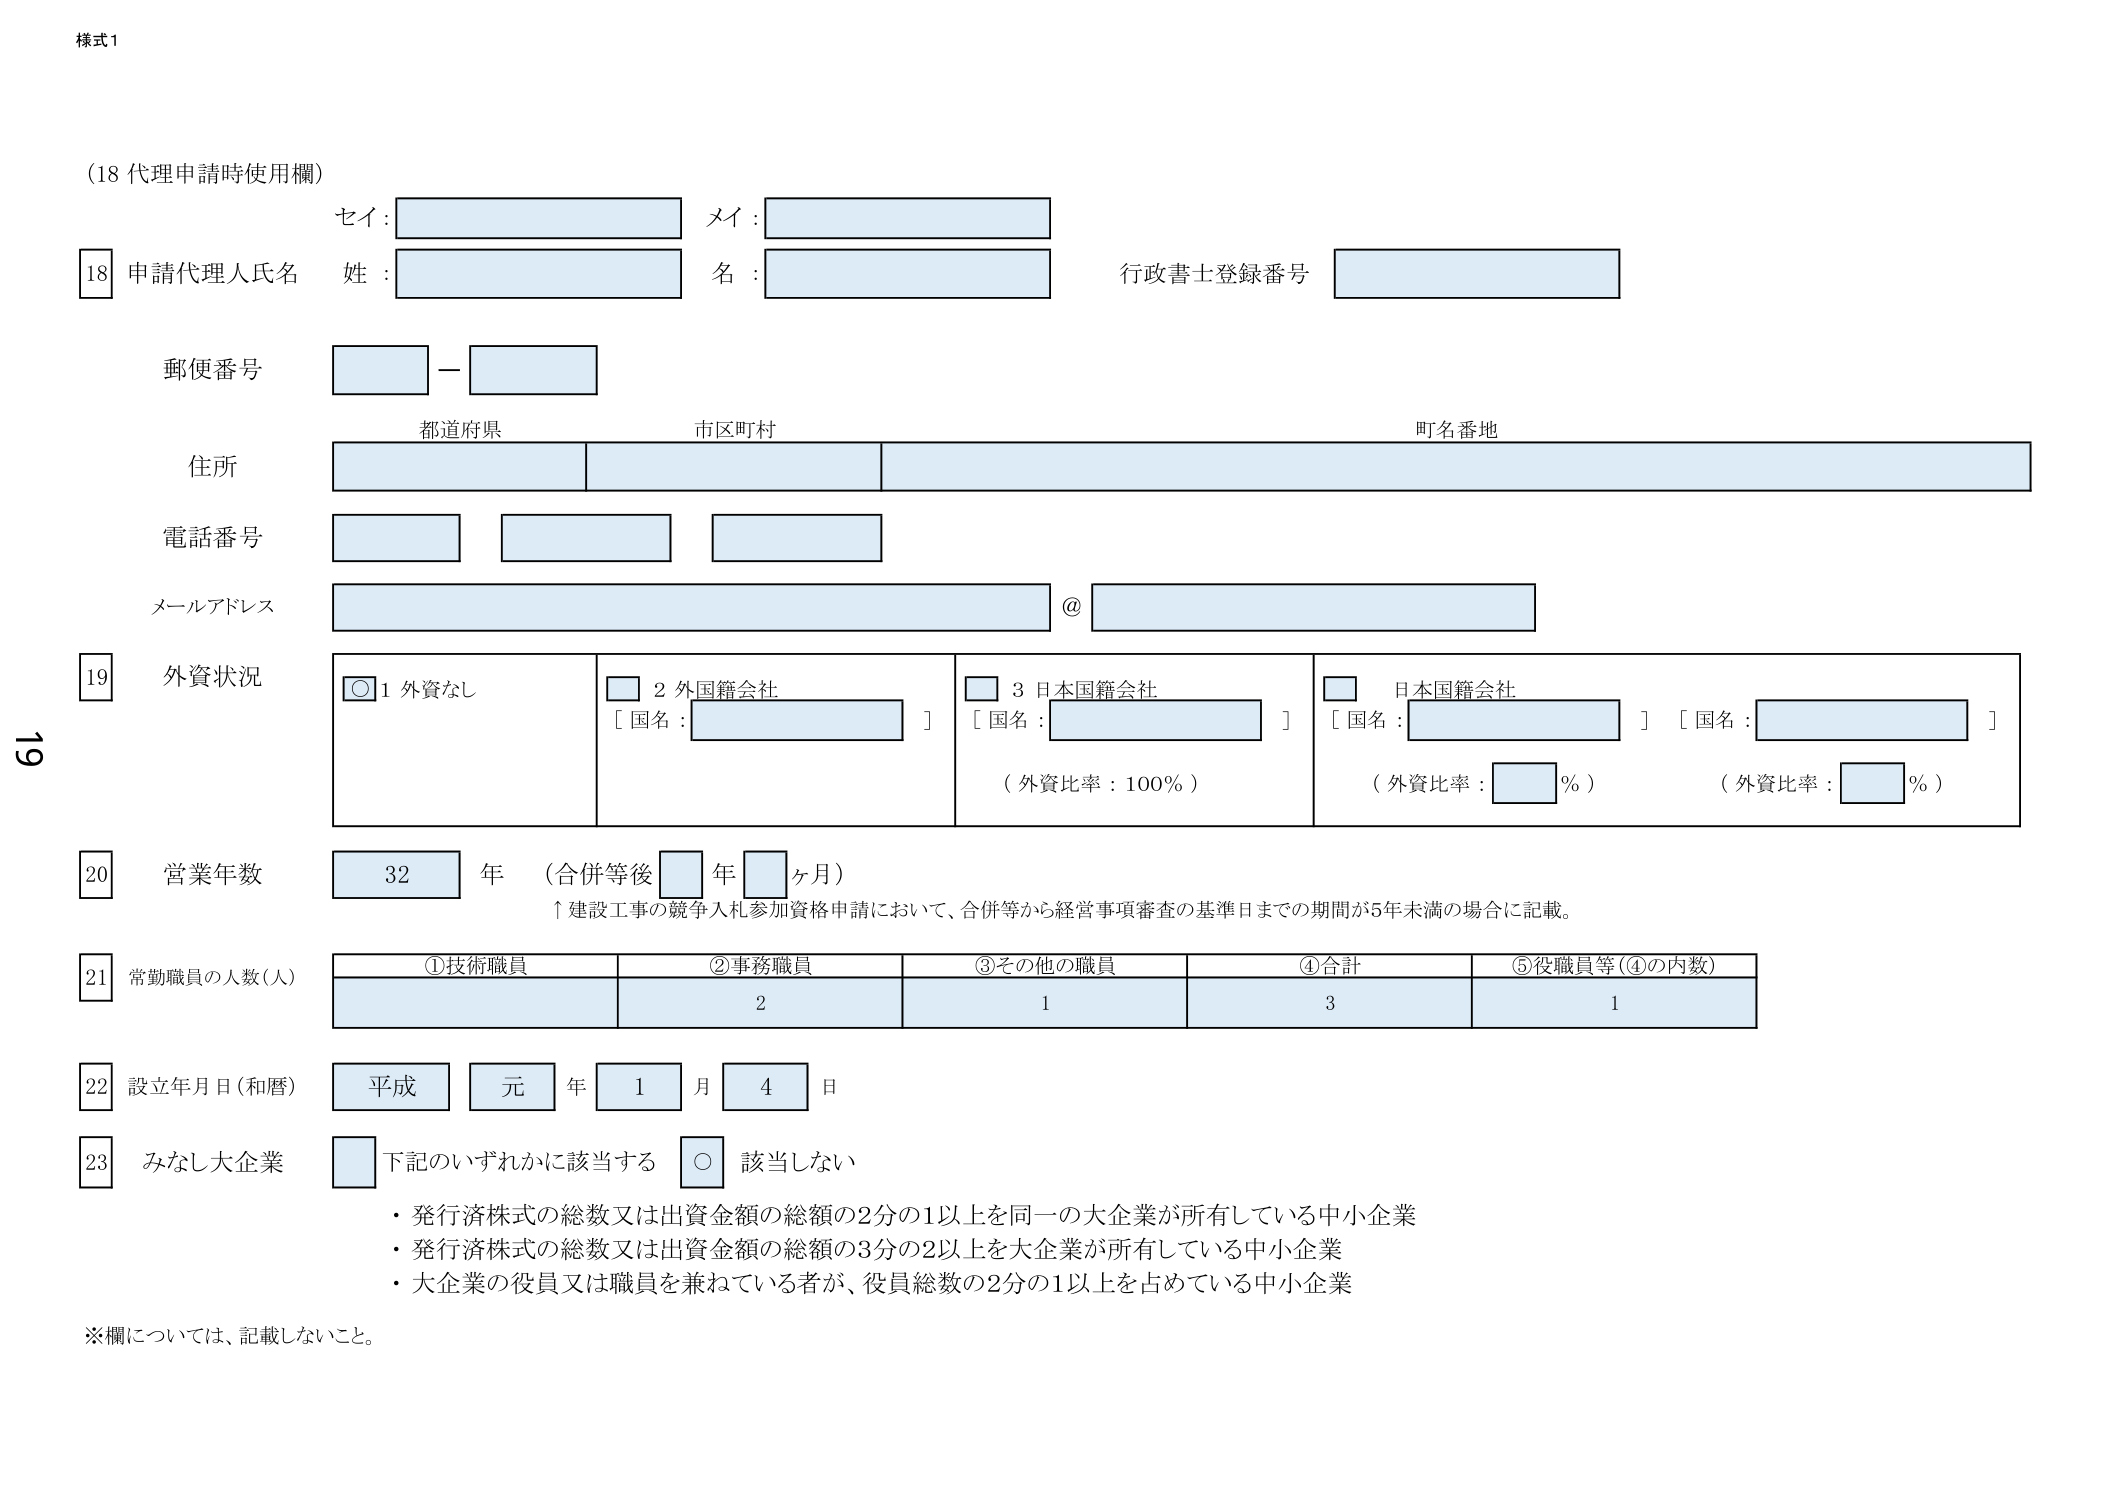
様式1

(18 代理申請時使用欄)
セイ：
メイ：
18 申請代理人氏名 姓： 名： 行政書士登録番号
郵便番号 －
都道府県 市区町村 町名番地
住所
電話番号
メールアドレス @
19 外資状況
○ 1 外資なし □ 2 外国籍会社 [ 国名： ] □ 3 日本国籍会社 [ 国名： ] （外資比率：100％）
□ 日本国籍会社 [ 国名： ] （外資比率： ％） [ 国名： ] （外資比率： ％）
20 営業年数 32 年 （合併等後 年 ヶ月）
↑建設工事の競争入札参加資格申請において、合併等から経営事項審査の基準日までの期間が5年未満の場合に記載。
21 常勤職員の人数(人)
①技術職員 ②事務職員 ③その他の職員 ④合計 ⑤役職員等(④の内数)
  2 1 3 1
22 設立年月日(和暦) 平成 元 年 1 月 4 日
23 みなし大企業 □ 下記のいずれかに該当する ○ 該当しない
・発行済株式の総数又は出資金額の総額の2分の1以上を同一の大企業が所有している中小企業
・発行済株式の総数又は出資金額の総額の3分の2以上を大企業が所有している中小企業
・大企業の役員又は職員を兼ねている者が、役員総数の2分の1以上を占めている中小企業
※欄については、記載しないこと。